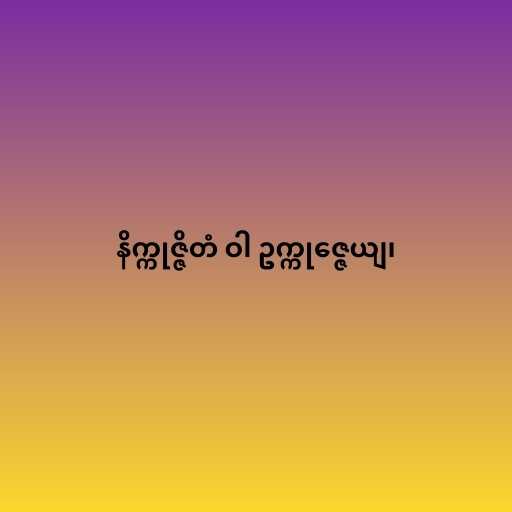
နိက္ကုဇ္ဇိတံ ဝါ ဥက္ကုဇ္ဇေယျ၊